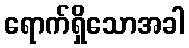
ရောက်ရှိသောအခါ